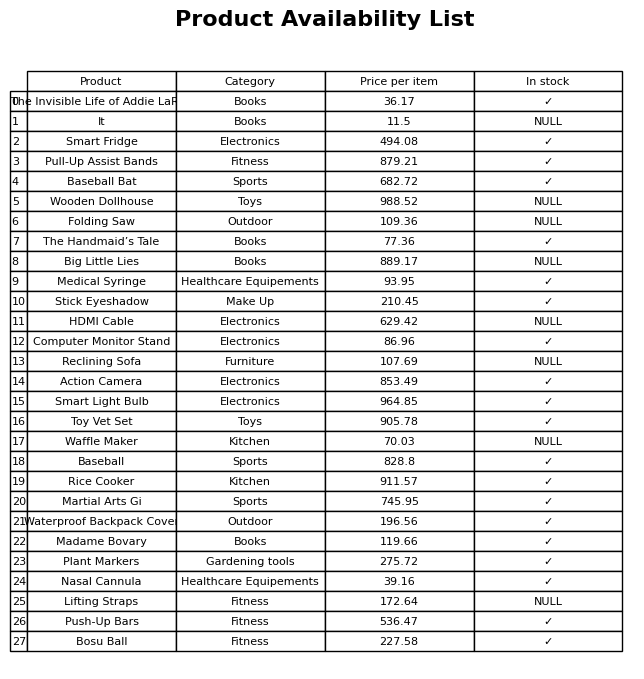
question: What category does the Action Camera belong to?
answer: Electronics